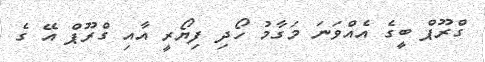
ގްރޫޕް ބީގެ އެއްވަނަ މަގާމު ހޯދި ފިޔޯރީ އާއި ގްރޫޕް އޭ ގެ